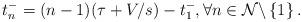
LaTeX: \begin{align*}t_{n}^{-}=(n-1)(\tau+V/s)-t_{1}^{-},\forall n\in\mathcal{N}\backslash\left\{ 1\right\} .\end{align*}